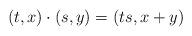
LaTeX: \begin{align*}(t,x)\cdot (s,y) = (ts, x+y)\end{align*}